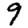
Digit: 9